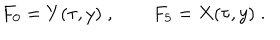
F _ { 0 } = Y ( \tau , y ) \; , \qquad F _ { 5 } = X ( \tau , y ) \; .